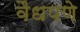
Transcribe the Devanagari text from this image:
वैधपणे